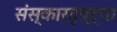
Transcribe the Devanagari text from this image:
संस्कारदृष्ट्या